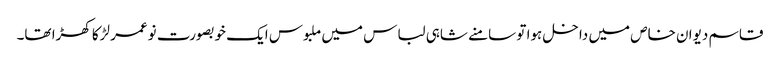
قاسم دیوان خاص میں داخل ہوا تو سامنے شاہی لباس میں ملبوس ایک خوبصورت نوعمر لڑکا کھڑا تھا۔